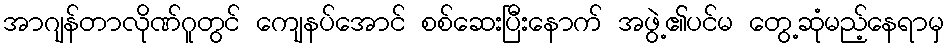
အာဂျန်တာလိုဏ်ဂူတွင် ကျေနပ်အောင် စစ်ဆေးပြီးနောက် အဖွဲ့၏ပင်မ တွေ့ဆုံမည့်နေရာမှ